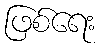
ဖြစ်ရေး